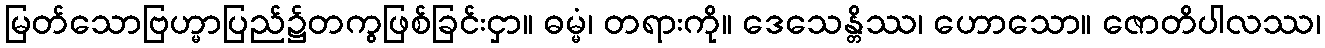
မြတ်သောဗြဟ္မာပြည်၌တကွဖြစ်ခြင်းငှာ။ ဓမ္မံ၊ တရားကို။ ဒေသေန္တိဿ၊ ဟောသော။ ဇောတိပါလဿ၊